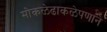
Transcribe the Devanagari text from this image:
मोकळेढाकळेपणाने